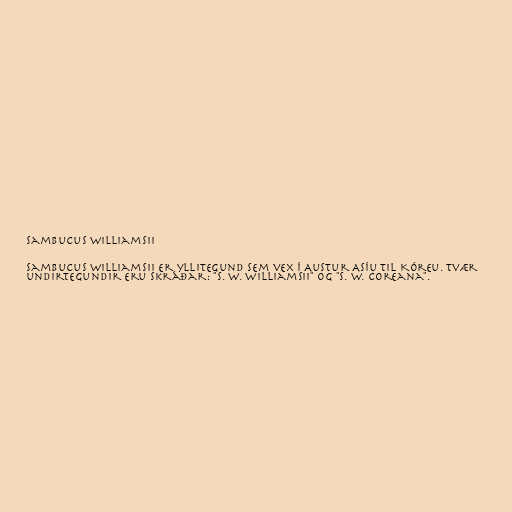
Sambucus williamsii

Sambucus williamsii er yllitegund sem vex í Austur Asíu til Kóreu. Tvær
undirtegundir eru skráðar: "S. w. williamsii" og "S. w. coreana".